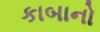
કાબાનો